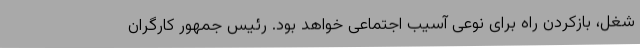
شغل، بازکردن راه برای نوعی آسیب اجتماعی خواهد بود. رئیس جمهور کارگران